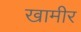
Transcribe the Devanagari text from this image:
खामीर